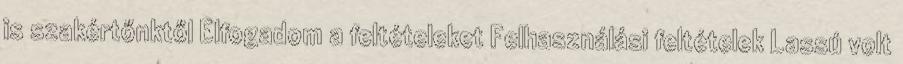
is szakértőnktől Elfogadom a feltételeket Felhasználási feltételek Lassú volt